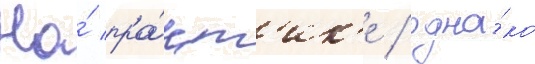
На́ пра́кт'ик'е / одна́ко